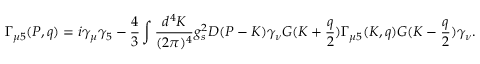
\Gamma _ { \mu 5 } ( P , q ) = i \gamma _ { \mu } \gamma _ { 5 } - \frac { 4 } { 3 } \int \frac { d ^ { 4 } K } { ( 2 \pi ) ^ { 4 } } g _ { s } ^ { 2 } D ( P - K ) \gamma _ { \nu } G ( K + \frac { q } { 2 } ) \Gamma _ { \mu 5 } ( K , q ) G ( K - \frac { q } { 2 } ) \gamma _ { \nu } .